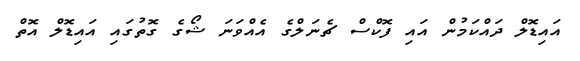
އައިޑޮލް ދައްކަމުން އައި ފޮކްސް ޗެނަލްގެ އެއްވަނަ ޝޯގެ ގޮތުގައި އައިޑޮލް އޮތް